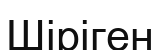
Шіріген